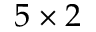
5 \times 2